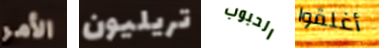
الأمر تريليون الحبوب أغلقوا